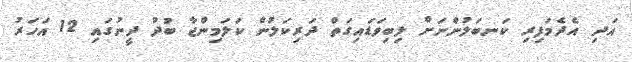
އަދި އެދެމަފިރި ކަނބަލުންނަށް ލިބިވަޑައިގަތް ދަރިކަލުން ކަލަމިންޖާ ބުދު ދީނުގައި 12 އަހަރު